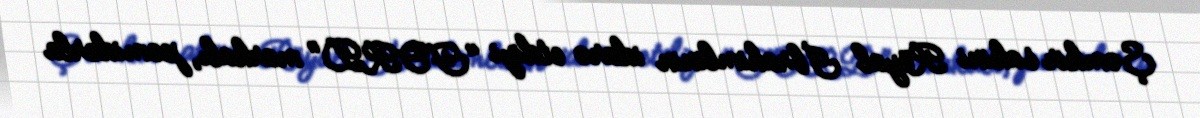
Şəmkir sakini Röyal İbrahimlinin idarə etdiyi "FORD" markalı, pomidorla